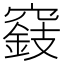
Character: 𥨓